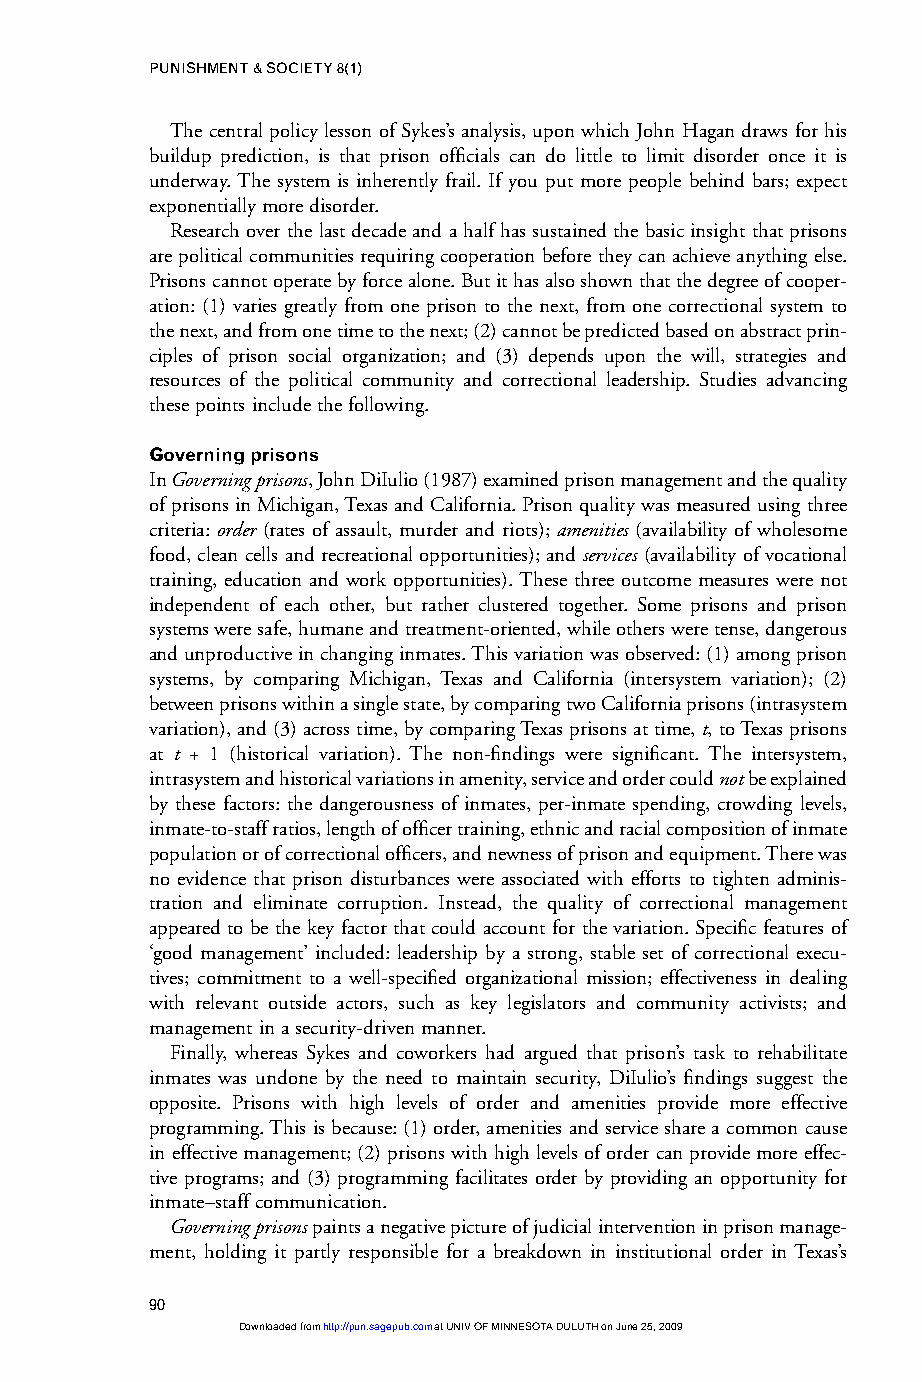
PUNISHMENT & SOCIETY 8(1)
 The central policy lesson of Sykes’s analysis, upon which John Hagan draws for his
 buildup prediction, is that prison officials can do little to limit disorder once it is
 underway. The system is inherently frail. If you put more people behind bars; expect
 exponentially more disorder.
 Research over the last decade and a half has sustained the basic insight that prisons
 are political communities requiring cooperation before they can achieve anything else.
 Prisons cannot operate by force alone. But it has also shown that the degree of cooper-
 ation: (1) varies greatly from one prison to the next, from one correctional system to
 the next, and from one time to the next; (2) cannot be predicted based on abstract prin-
 ciples of prison social organization; and (3) depends upon the will, strategies and
 resources of the political community and correctional leadership. Studies advancing
 these points include the following.
 Governing prisons
 In Governing prisons, John DiIulio (1987) examined prison management and the quality
 of prisons in Michigan, Texas and California. Prison quality was measured using three
 criteria: order (rates of assault, murder and riots); amenities (availability of wholesome
 food, clean cells and recreational opportunities); and services (availability of vocational
 training, education and work opportunities). These three outcome measures were not
 independent of each other, but rather clustered together. Some prisons and prison
 systems were safe, humane and treatment-oriented, while others were tense, dangerous
 and unproductive in changing inmates. This variation was observed: (1) among prison
 systems, by comparing Michigan, Texas and California (intersystem variation); (2)
 between prisons within a single state, by comparing two California prisons (intrasystem
 variation), and (3) across time, by comparing Texas prisons at time, t, to Texas prisons
 at t + 1 (historical variation). The non-findings were significant. The intersystem,
 intrasystem and historical variations in amenity, service and order could notbe explained
 by these factors: the dangerousness of inmates, per-inmate spending, crowding levels,
 inmate-to-staff ratios, length of officer training, ethnic and racial composition of inmate
 population or of correctional officers, and newness of prison and equipment. There was
 no evidence that prison disturbances were associated with efforts to tighten adminis-
 tration and eliminate corruption. Instead, the quality of correctional management
 appeared to be the key factor that could account for the variation. Specific features of
 ‘good management’ included: leadership by a strong, stable set of correctional execu-
 tives; commitment to a well-specified organizational mission; effectiveness in dealing
 with relevant outside actors, such as key legislators and community activists; and
 management in a security-driven manner.
 Finally, whereas Sykes and coworkers had argued that prison’s task to rehabilitate
 inmates was undone by the need to maintain security, DiIulio’s findings suggest the
 opposite. Prisons with high levels of order and amenities provide more effective
 programming. This is because: (1) order, amenities and service share a common cause
 in effective management; (2) prisons with high levels of order can provide more effec-
 tive programs; and (3) programming facilitates order by providing an opportunity for
 inmate–staff communication.
 Governing prisonspaints a negative picture of judicial intervention in prison manage-
 ment, holding it partly responsible for a breakdown in institutional order in Texas’s
 90
 Downloaded from http://pun.sagepub.com at UNIV OF MINNESOTA DULUTH on June 25, 2009